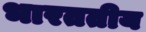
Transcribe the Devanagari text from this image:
भारततीय